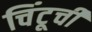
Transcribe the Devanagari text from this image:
चिंटूची